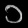
Digit: ၁